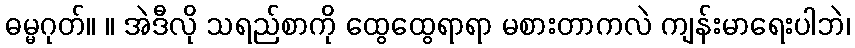
ဓမ္မဂုတ်။ ။ အဲဒီလို သရည်စာကို ထွေထွေရာရာ မစားတာကလဲ ကျန်းမာရေးပါဘဲ၊